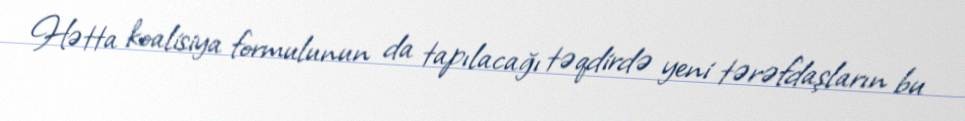
Hətta koalisiya formulunun da tapılacağı təqdirdə yeni tərəfdaşların bu